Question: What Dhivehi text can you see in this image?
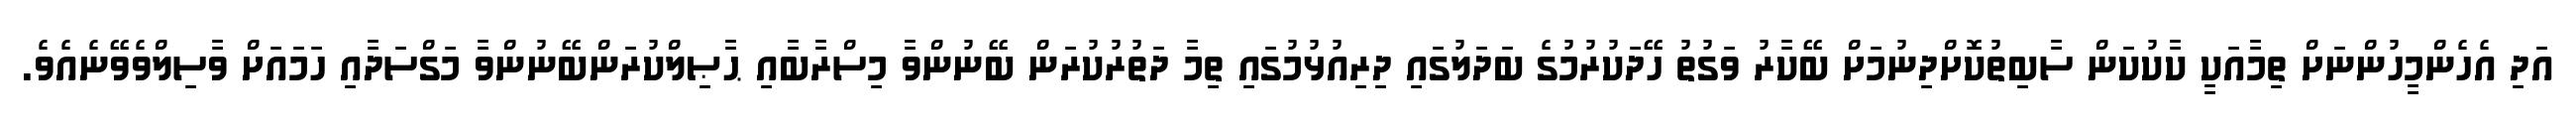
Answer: އަދި އެހެންމީހުންނަށް ތިމާއަކީ ކާކުކަން ސާބިތުކޮށްދިނުމަށް ބޭކާރު ވަގުތު ހޭދަކުރުމުގެ ބަދަލުގައި ދިރިއުޅުމުގައި ތިމާ ދަތުރުކުރަން ބޭނުންވާ މިސްރާބާއި ޙާޞިލްކުރަންބޭނުންވާ މަގްސަދާއި ހަމައަށް ވާސިލްވެވޭނެއެވެ.